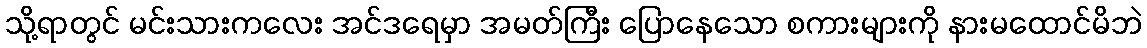
သို့ရာတွင် မင်းသားကလေး အင်ဒရေမှာ အမတ်ကြီး ပြောနေသော စကားများကို နားမထောင်မိဘဲ